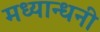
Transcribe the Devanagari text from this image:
मध्यान्धनी